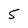
Character: 5